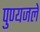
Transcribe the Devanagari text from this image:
पुण्यजले